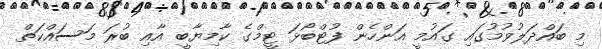
މި ބައްދަލުވުމުގައި ގައުމީ އަންހެން ފުޓްބޯޅަ ޓީމްގެ ކާމިޔާބީ އާއި ބުރަ މަސައްކަތް